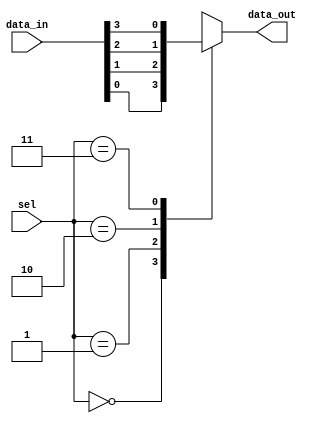
module mux_4to1(input wire [3:0] data_in,
                input wire [1:0] sel,
                output reg data_out);

always @(*)
begin
    case(sel)
        2'b00: data_out = data_in[0];
        2'b01: data_out = data_in[1];
        2'b10: data_out = data_in[2];
        2'b11: data_out = data_in[3];
        default: data_out = 0;
    endcase
end

endmodule